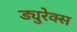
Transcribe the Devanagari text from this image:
ड्युरेक्स